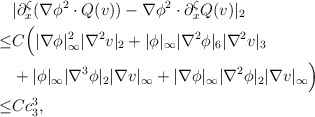
\begin{align*}&|\partial^\zeta_x(\nabla \phi^2 \cdot Q(v))-\nabla \phi^2 \cdot \partial^\zeta_x Q(v)|_2\\\leq &C\Big(|\nabla \phi|^2_\infty |\nabla^2 v |_2+|\phi|_\infty|\nabla^2 \phi|_6 |\nabla^2 v|_3\\&+|\phi|_\infty |\nabla^3 \phi |_2|\nabla v|_\infty+|\nabla \phi|_\infty|\nabla^2 \phi|_2 |\nabla v|_\infty\Big)\\\leq& Cc^3_3,\end{align*}